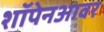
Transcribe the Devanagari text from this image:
शॉपेनआवर